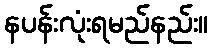
နပန်းလုံးရမည်နည်း။